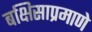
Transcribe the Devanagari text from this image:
बक्षिसाप्रमाणे